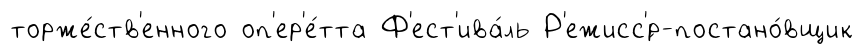
торже́ств'енного оп'ер'е́тта Ф'ест'ива́ль Р'ежисс'́р-постано́вщик